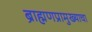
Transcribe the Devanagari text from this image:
ब्राह्मणप्रामुख्याचा